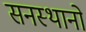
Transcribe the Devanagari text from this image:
सनस्थानो